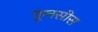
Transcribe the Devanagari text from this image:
तुलसीस